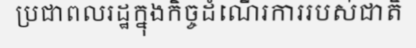
ប្រជាពលរដ្ឋក្នុងកិច្ចដំណើរការរបស់ជាតិ